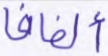
ألفافا